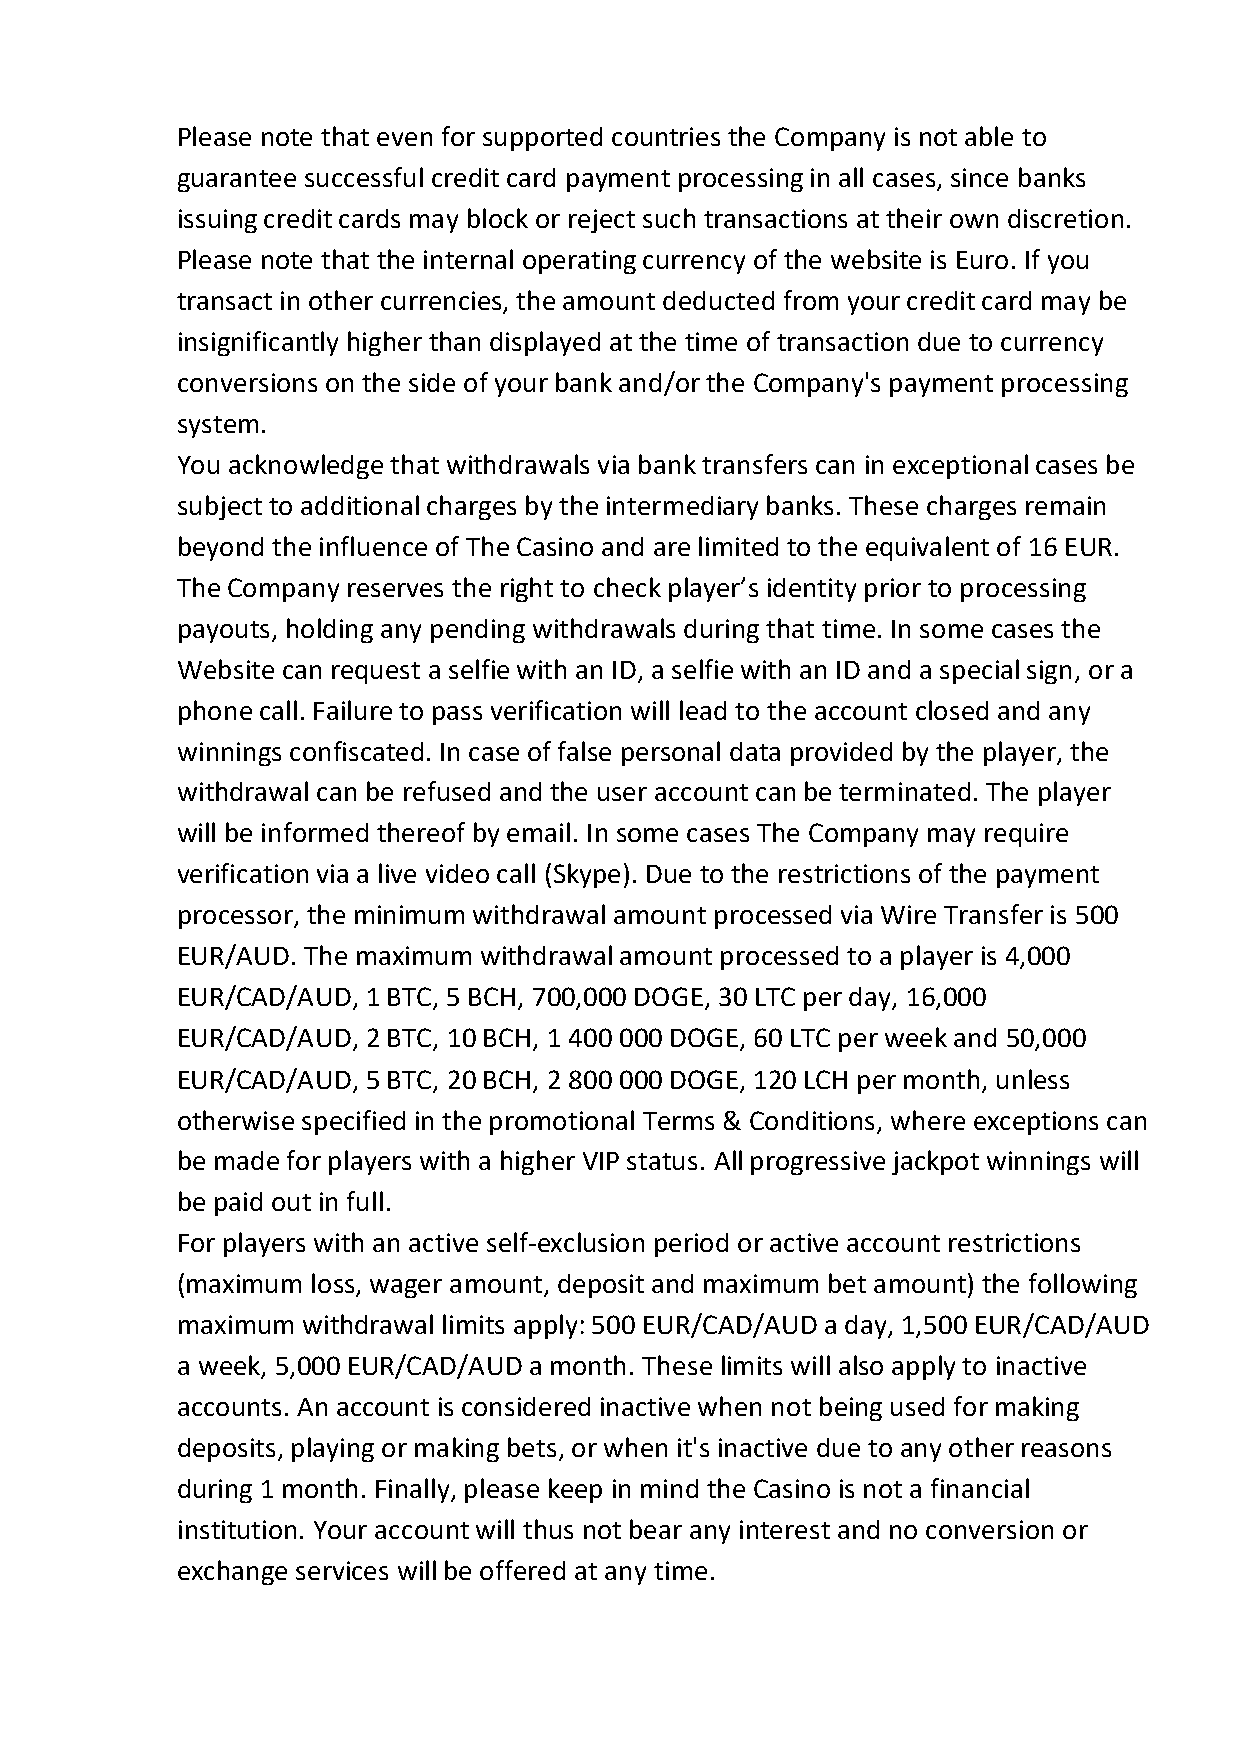
Please note that even for supported countries the Company is not able to
 guarantee successful credit card payment processing in all cases, since banks
 issuing credit cards may block or reject such transactions at their own discretion.
 Please note that the internal operating currency of the website is Euro. If you
 transact in other currencies, the amount deducted from your credit card may be
 insignificantly higher than displayed at the time of transaction due to currency
 conversions on the side of your bank and/or the Company's payment processing
 system.
 You acknowledge that withdrawals via bank transfers can in exceptional cases be
 subject to additional charges by the intermediary banks. These charges remain
 beyond the influence of The Casino and are limited to the equivalent of 16 EUR.
 The Company reserves the right to check player’s identity prior to processing
 payouts, holding any pending withdrawals during that time. In some cases the
 Website can request a selfie with an ID, a selfie with an ID and a special sign, or a
 phone call. Failure to pass verification will lead to the account closed and any
 winnings confiscated. In case of false personal data provided by the player, the
 withdrawal can be refused and the user account can be terminated. The player
 will be informed thereof by email. In some cases The Company may require
 verification via a live video call (Skype). Due to the restrictions of the payment
 processor, the minimum withdrawal amount processed via Wire Transfer is 500
 EUR/AUD. The maximum withdrawal amount processed to a player is 4,000
 EUR/CAD/AUD, 1 BTC, 5 BCH, 700,000 DOGE, 30 LTC per day, 16,000
 EUR/CAD/AUD, 2 BTC, 10 BCH, 1 400 000 DOGE, 60 LTC per week and 50,000
 EUR/CAD/AUD, 5 BTC, 20 BCH, 2 800 000 DOGE, 120 LCH per month, unless
 otherwise specified in the promotional Terms & Conditions, where exceptions can
 be made for players with a higher VIP status. All progressive jackpot winnings will
 be paid out in full.
 For players with an active self-exclusion period or active account restrictions
 (maximum loss, wager amount, deposit and maximum bet amount) the following
 maximum withdrawal limits apply: 500 EUR/CAD/AUD a day, 1,500 EUR/CAD/AUD
 a week, 5,000 EUR/CAD/AUD a month. These limits will also apply to inactive
 accounts. An account is considered inactive when not being used for making
 deposits, playing or making bets, or when it's inactive due to any other reasons
 during 1 month. Finally, please keep in mind the Casino is not a financial
 institution. Your account will thus not bear any interest and no conversion or
 exchange services will be offered at any time.